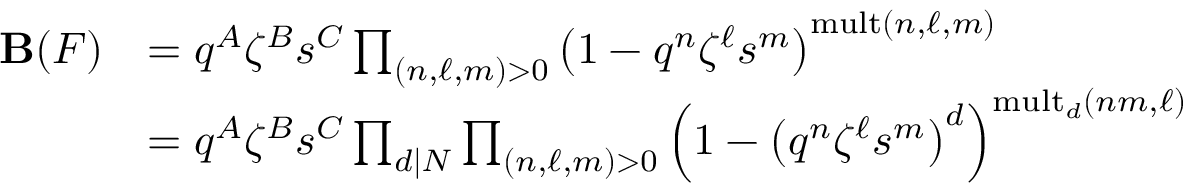
\begin{array} { r l } { \mathbf { B } ( F ) } & { = q ^ { A } \zeta ^ { B } s ^ { C } \prod _ { ( n , \ell , m ) > 0 } \left( 1 - q ^ { n } \zeta ^ { \ell } s ^ { m } \right) ^ { \mathrm { m u l t } ( n , \ell , m ) } } \\ & { = q ^ { A } \zeta ^ { B } s ^ { C } \prod _ { d | N } \prod _ { ( n , \ell , m ) > 0 } \left( 1 - \big ( q ^ { n } \zeta ^ { \ell } s ^ { m } \big ) ^ { d } \right) ^ { \mathrm { m u l t } _ { d } ( n m , \ell ) } } \end{array}